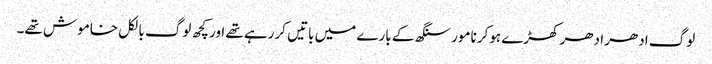
لوگ ادھر ادھر کھڑے ہوکر نامور سنگھ کے بارے میں باتیں کررہے تھے اور کچھ لوگ بالکل خاموش تھے۔